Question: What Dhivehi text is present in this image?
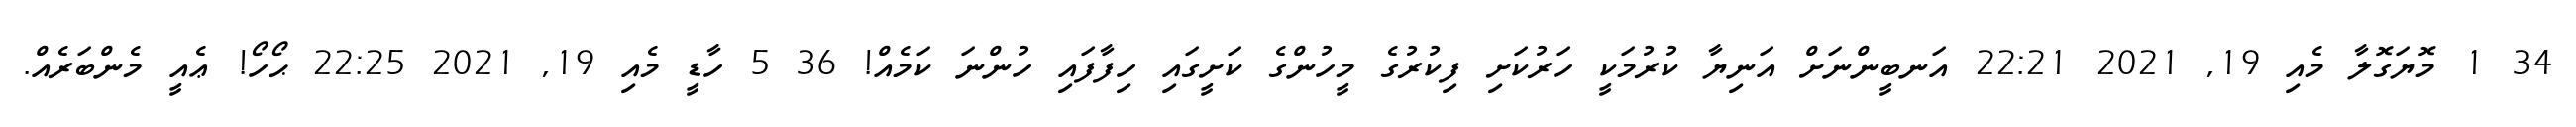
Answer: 34 1 މޮޔަގޮލާ މެއި 19, 2021 22:21 އަނބީންނަށް އަނިޔާ ކުރުމަކީ ހަރުކަށި ފިކުރުގެ މީހުންގެ ކަށީގައި ހިފާފައި ހުންނަ ކަމެއް! 36 5 ހާޑީ މެއި 19, 2021 22:25 ޙޯހޯ! ޢެއީ މެންބަރެއް.